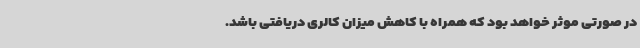
در صورتی موثر خواهد بود که همراه با کاهش میزان کالری دریافتی باشد.